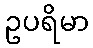
ဥပရိမာ